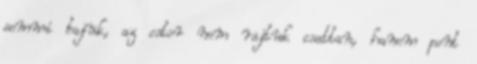
semmi bajuk, az ostor nem rajtuk csattan, hanem pont